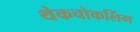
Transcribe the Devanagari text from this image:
थेकचोकलिंग